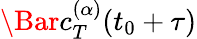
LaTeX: \Bar{c}_{T}^{(\alpha)}(t_{0}+\tau)